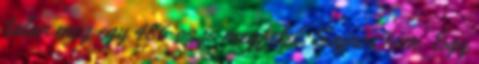
talan meg egy 486-os is megfelel. Sajnos nem. Egy